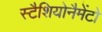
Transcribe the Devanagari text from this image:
स्टैशियोनैमेंटो